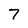
Character: 7